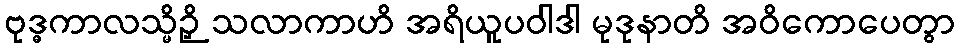
ဗုဒ္ဓကာလသ္မိဉှိ သလာကာဟိ အရိယူပဝါဒါ မုဒုနာတိ အဝိကောပေတွာ